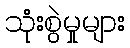
သုံးစွဲမှုများ